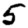
Digit: 5